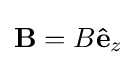
\mathbf {B} =B\mathbf {\hat {e}} _{z}